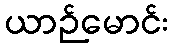
ယာဉ်မောင်း